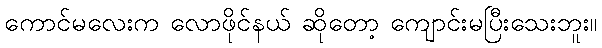
ကောင်မလေးက လောဖိုင်နယ် ဆိုတော့ ကျောင်းမပြီးသေးဘူး။